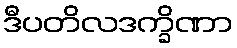
ဒီပတိလဒက္ခိဏာ